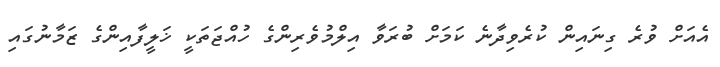
އެއަށް ވުރެ ގިނައިން ކުރެވިދާނެ ކަމަށް ބުރަވާ އިލްމުވެރިންގެ ހުއްޖަތަކީ ޚަލީފާއިންގެ ޒަމާނުގައި